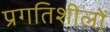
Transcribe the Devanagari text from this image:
प्रगतिशीलों